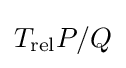
T_{\operatorname {rel} }P/Q